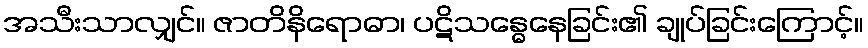
အသီးသာလျှင်။ ဇာတိနိရောဓာ၊ ပဋိသန္ဓေနေခြင်း၏ ချုပ်ခြင်းကြောင့်။